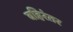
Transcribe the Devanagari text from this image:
बहिरंतर